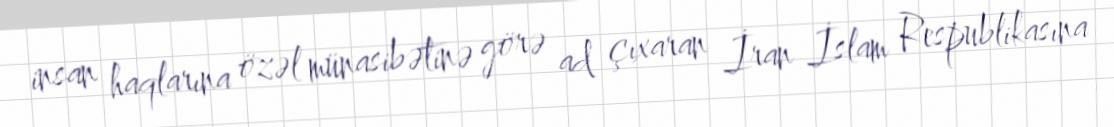
insan haqlarına özəl münasibətinə görə ad çıxaran İran İslam Respublikasına